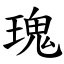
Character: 瑰